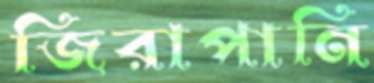
জিরাপানি